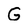
Character: G